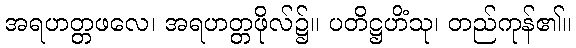
အရဟတ္တဖလေ၊ အရဟတ္တဖိုလ်၌။ ပတိဋ္ဌဟိံသု၊ တည်ကုန်၏။